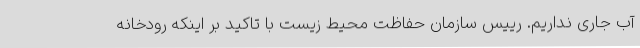
آب جاری نداریم. رییس سازمان حفاظت محیط زیست با تاکید بر اینکه رودخانه